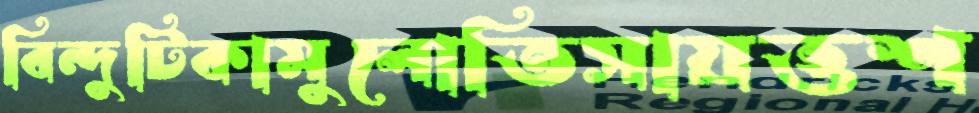
বিন্দুটিকামুলোতিসায়ত্তশ